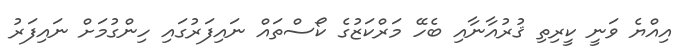
އިއްޔެ ވަނީ ކީރިތި ޤުރުއާނާއި ބެހޭ މަރްކަޒުގެ ކޯސްތައް ނައިފަރުގައި ހިންގުމަށް ނައިފަރު